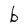
Character: b